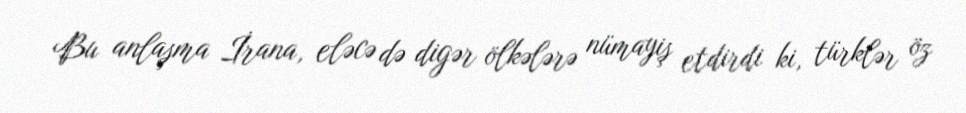
Bu anlaşma İrana, eləcə də digər ölkələrə nümayiş etdirdi ki, türklər öz